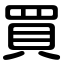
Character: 買